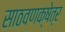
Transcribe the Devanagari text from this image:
साठवणक्षेत्र